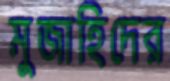
মুজাহিদের